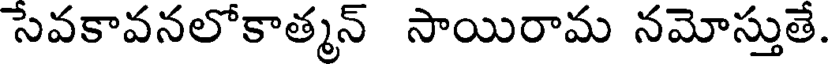
సేవకావనలోకాత్మన్ సాయిరామ నమోస్తుతే.